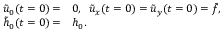
\begin{array} { r l } { \tilde { u } _ { 0 } ( t = 0 ) = } & { { } 0 , \; \; \tilde { u } _ { x } ( t = 0 ) = \tilde { u } _ { y } ( t = 0 ) = \bar { f } , \; \; } \\ { \tilde { h } _ { 0 } ( t = 0 ) = } & { { } h _ { 0 } . } \end{array}